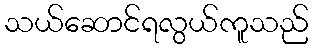
သယ်ဆောင်ရလွယ်ကူသည်